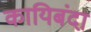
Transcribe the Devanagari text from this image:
कायिबंदा